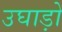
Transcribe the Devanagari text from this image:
उघाड़ो